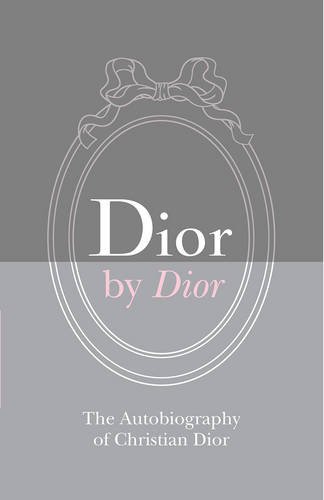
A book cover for Dior by Dior Deluxe Edition: The Autobiography of Christian Dior; Christian Dior; Humor & Entertainment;